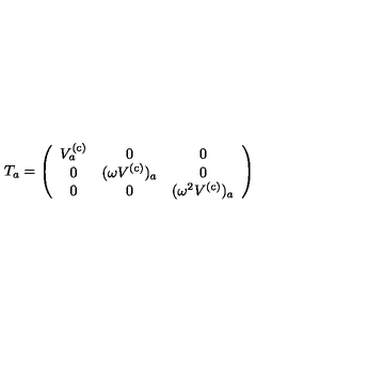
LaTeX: T _ { a } = \left( \begin{array} { c c c } { V _ { a } ^ { ( \mathrm { c ) } } } & { 0 } & { 0 } \\ { 0 } & { ( \omega V ^ { ( \mathrm { c ) } } ) _ { a } } & { 0 } \\ { 0 } & { 0 } & { ( \omega ^ { 2 } V ^ { ( \mathrm { c ) } } ) _ { a } } \\ \end{array} \right)